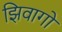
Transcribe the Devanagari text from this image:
झिवागो